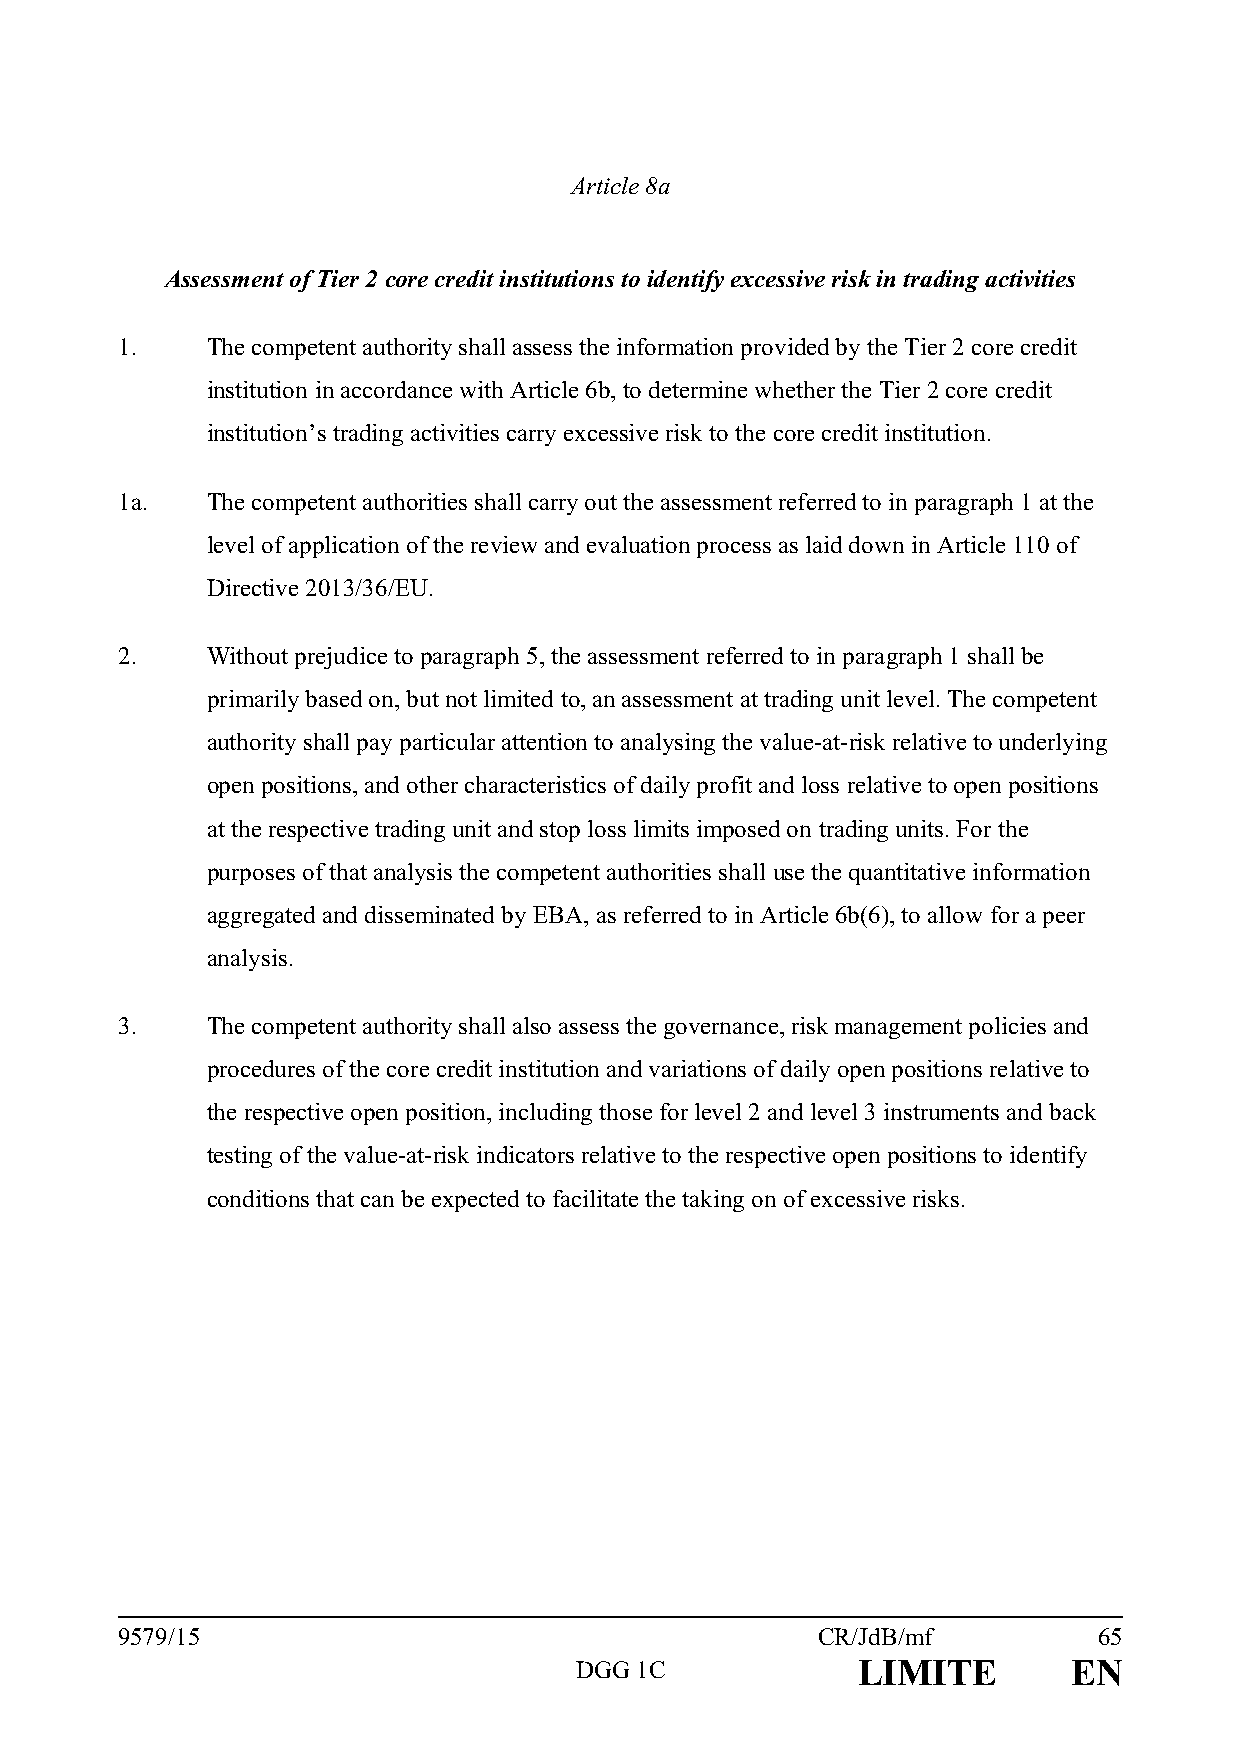
Article 8a
 Assessment of Tier 2 core credit institutions to identify excessive risk in trading activities
 1.    The competent authority shall assess the information provided by the Tier 2 core credit
 institution in accordance with Article 6b, to determine whether the Tier 2 core credit
 institution’s trading activities carry excessive risk to the core credit institution.
 1a.   The competent authorities shall carry out the assessment referred to in paragraph 1 at the
 level of application of the review and evaluation process as laid down in Article 110 of
 Directive 2013/36/EU.
 2.    Without prejudice to paragraph 5, the assessment referred to in paragraph 1 shall be
 primarily based on, but not limited to, an assessment at trading unit level. The competent
 authority shall pay particular attention to analysing the value-at-risk relative to underlying
 open positions, and other characteristics of daily profit and loss relative to open positions
 at the respective trading unit and stop loss limits imposed on trading units. For the
 purposes of that analysis the competent authorities shall use the quantitative information
 aggregated and disseminated by EBA, as referred to in Article 6b(6), to allow for a peer
 analysis.
 3.    The competent authority shall also assess the governance, risk management policies and
 procedures of the core credit institution and variations of daily open positions relative to
 the respective open position, including those for level 2 and level 3 instruments and back
 testing of the value-at-risk indicators relative to the respective open positions to identify
 conditions that can be expected to facilitate the taking on of excessive risks.
 9579/15                                       CR/JdB/mf          65
 DGG 1C             LIMITE        EN